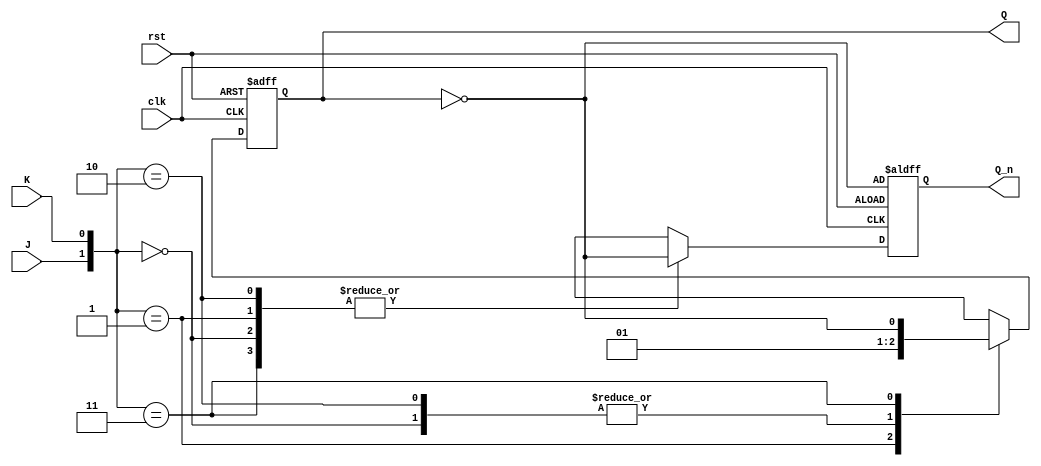
module jk_flipflop (
    input wire clk,
    input wire rst,
    input wire J,
    input wire K,
    output reg Q,
    output reg Q_n
);

always @ (negedge clk or posedge rst)
begin
    if (rst) begin
        Q <= 1'b0;
        Q_n <= ~Q;
    end else begin
        case ({J, K})
            2'b00: begin // reset-set mode
                Q <= 1'b1;
                Q_n <= ~Q;
            end
            2'b01: begin // reset-set mode
                Q <= 1'b0;
                Q_n <= ~Q;
            end
            2'b10: begin // reset-set mode
                Q <= 1'b1;
                Q_n <= ~Q;
            end
            2'b11: begin // toggle mode
                Q <= ~Q;
                Q_n <= ~Q;
            end
        endcase
    end
end

endmodule